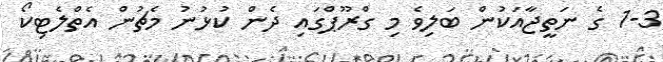
1-3 ގެ ނަތީޖާއަކުން ބަލިވެ މި ގްރޫޕްގައި ދެން ކުޅުނު މެޗުން އެތްލެޓިކޯ